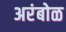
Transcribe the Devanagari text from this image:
अरंबोळ